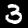
Digit: 3